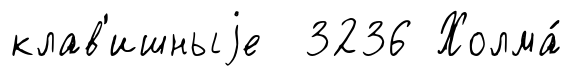
клав'ишныjе 3236 Холма́